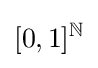
\lbrack 0,1\rbrack ^{\mathbb {N} }